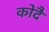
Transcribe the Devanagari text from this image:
कोदै